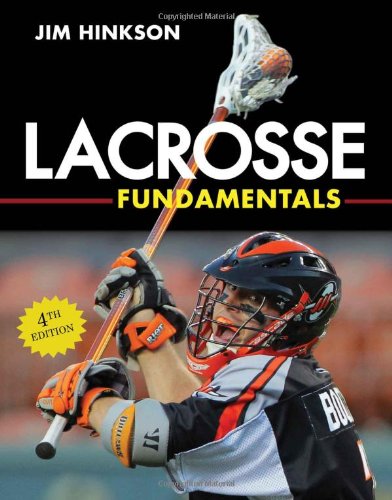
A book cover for Lacrosse Fundamentals; Jim Hinkson; Sports & Outdoors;